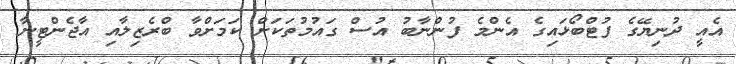
އެއީ ދުނިޔޭގެ ފުޓްބޯޅައިގެ އެންމެ ފުންނާބު އުސް ގައުމުތަކަށް ކަމަށްވާ ބްރެޒިލާއި އާޖެންޓީނާ